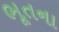
ભૂતના